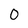
Character: 0